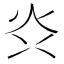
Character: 𭴑